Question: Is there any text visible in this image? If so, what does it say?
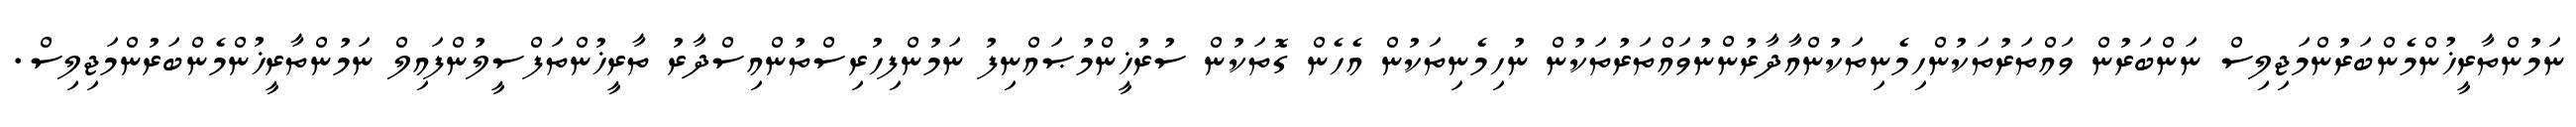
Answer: ނަމުންތާރީޚުންމެންބަރުންމަޖިލިސް ނަންބަރުން ވައްތަރުތަކުންހިމެނިތަކުންއާދާރުންނުވައްތަރުތަކުން ނުހިމެނިތަކުން އެހެން ގޮތަކުން ސުރުޚީންމުޞައްނިފު ނަމުންފިހުރިސްތުންއިސްދާރު ތާރީޚުންތަފްސީލުންފައިލް ނަމުންތާރީޚުންމެންބަރުންމަޖިލިސް.